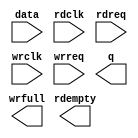
// megafunction wizard: %FIFO%VBB%
// GENERATION: STANDARD
// VERSION: WM1.0
// MODULE: dcfifo 

// ============================================================
// Megafunction Name(s):
// 			dcfifo
//
// Simulation Library Files(s):
// 			
// ============================================================
// ************************************************************
// THIS IS A WIZARD-GENERATED FILE. DO NOT EDIT THIS FILE!
//
// 10.0 Build 262 08/18/2010 SP 1 SJ Web Edition
// ************************************************************

//Copyright (C) 1991-2010 Altera Corporation
//Your use of Altera Corporation's design tools, logic functions 
//and other software and tools, and its AMPP partner logic 
//functions, and any output files from any of the foregoing 
//(including device programming or simulation files), and any 
//associated documentation or information are expressly subject 
//to the terms and conditions of the Altera Program License 
//Subscription Agreement, Altera MegaCore Function License 
//Agreement, or other applicable license agreement, including, 
//without limitation, that your use is for the sole purpose of 
//programming logic devices manufactured by Altera and sold by 
//Altera or its authorized distributors.  Please refer to the 
//applicable agreement for further details.

module Queue (
	data,
	rdclk,
	rdreq,
	wrclk,
	wrreq,
	q,
	rdempty,
	wrfull);

	input	[3:0]  data;
	input	  rdclk;
	input	  rdreq;
	input	  wrclk;
	input	  wrreq;
	output	[3:0]  q;
	output	  rdempty;
	output	  wrfull;

endmodule

// ============================================================
// CNX file retrieval info
// ============================================================
// Retrieval info: PRIVATE: AlmostEmpty NUMERIC "0"
// Retrieval info: PRIVATE: AlmostEmptyThr NUMERIC "-1"
// Retrieval info: PRIVATE: AlmostFull NUMERIC "0"
// Retrieval info: PRIVATE: AlmostFullThr NUMERIC "-1"
// Retrieval info: PRIVATE: CLOCKS_ARE_SYNCHRONIZED NUMERIC "0"
// Retrieval info: PRIVATE: Clock NUMERIC "4"
// Retrieval info: PRIVATE: Depth NUMERIC "8"
// Retrieval info: PRIVATE: Empty NUMERIC "1"
// Retrieval info: PRIVATE: Full NUMERIC "1"
// Retrieval info: PRIVATE: INTENDED_DEVICE_FAMILY STRING "MAX II"
// Retrieval info: PRIVATE: LE_BasedFIFO NUMERIC "1"
// Retrieval info: PRIVATE: LegacyRREQ NUMERIC "1"
// Retrieval info: PRIVATE: MAX_DEPTH_BY_9 NUMERIC "0"
// Retrieval info: PRIVATE: OVERFLOW_CHECKING NUMERIC "0"
// Retrieval info: PRIVATE: Optimize NUMERIC "2"
// Retrieval info: PRIVATE: RAM_BLOCK_TYPE NUMERIC "0"
// Retrieval info: PRIVATE: SYNTH_WRAPPER_GEN_POSTFIX STRING "0"
// Retrieval info: PRIVATE: UNDERFLOW_CHECKING NUMERIC "0"
// Retrieval info: PRIVATE: UsedW NUMERIC "0"
// Retrieval info: PRIVATE: Width NUMERIC "4"
// Retrieval info: PRIVATE: dc_aclr NUMERIC "0"
// Retrieval info: PRIVATE: diff_widths NUMERIC "0"
// Retrieval info: PRIVATE: msb_usedw NUMERIC "0"
// Retrieval info: PRIVATE: output_width NUMERIC "4"
// Retrieval info: PRIVATE: rsEmpty NUMERIC "1"
// Retrieval info: PRIVATE: rsFull NUMERIC "0"
// Retrieval info: PRIVATE: rsUsedW NUMERIC "0"
// Retrieval info: PRIVATE: sc_aclr NUMERIC "0"
// Retrieval info: PRIVATE: sc_sclr NUMERIC "0"
// Retrieval info: PRIVATE: wsEmpty NUMERIC "0"
// Retrieval info: PRIVATE: wsFull NUMERIC "1"
// Retrieval info: PRIVATE: wsUsedW NUMERIC "0"
// Retrieval info: LIBRARY: altera_mf altera_mf.altera_mf_components.all
// Retrieval info: CONSTANT: CLOCKS_ARE_SYNCHRONIZED STRING "FALSE"
// Retrieval info: CONSTANT: INTENDED_DEVICE_FAMILY STRING "MAX II"
// Retrieval info: CONSTANT: LPM_NUMWORDS NUMERIC "8"
// Retrieval info: CONSTANT: LPM_SHOWAHEAD STRING "OFF"
// Retrieval info: CONSTANT: LPM_TYPE STRING "dcfifo"
// Retrieval info: CONSTANT: LPM_WIDTH NUMERIC "4"
// Retrieval info: CONSTANT: LPM_WIDTHU NUMERIC "3"
// Retrieval info: CONSTANT: OVERFLOW_CHECKING STRING "ON"
// Retrieval info: CONSTANT: UNDERFLOW_CHECKING STRING "ON"
// Retrieval info: CONSTANT: USE_EAB STRING "OFF"
// Retrieval info: USED_PORT: data 0 0 4 0 INPUT NODEFVAL "data[3..0]"
// Retrieval info: USED_PORT: q 0 0 4 0 OUTPUT NODEFVAL "q[3..0]"
// Retrieval info: USED_PORT: rdclk 0 0 0 0 INPUT NODEFVAL "rdclk"
// Retrieval info: USED_PORT: rdempty 0 0 0 0 OUTPUT NODEFVAL "rdempty"
// Retrieval info: USED_PORT: rdreq 0 0 0 0 INPUT NODEFVAL "rdreq"
// Retrieval info: USED_PORT: wrclk 0 0 0 0 INPUT NODEFVAL "wrclk"
// Retrieval info: USED_PORT: wrfull 0 0 0 0 OUTPUT NODEFVAL "wrfull"
// Retrieval info: USED_PORT: wrreq 0 0 0 0 INPUT NODEFVAL "wrreq"
// Retrieval info: CONNECT: @data 0 0 4 0 data 0 0 4 0
// Retrieval info: CONNECT: @rdclk 0 0 0 0 rdclk 0 0 0 0
// Retrieval info: CONNECT: @rdreq 0 0 0 0 rdreq 0 0 0 0
// Retrieval info: CONNECT: @wrclk 0 0 0 0 wrclk 0 0 0 0
// Retrieval info: CONNECT: @wrreq 0 0 0 0 wrreq 0 0 0 0
// Retrieval info: CONNECT: q 0 0 4 0 @q 0 0 4 0
// Retrieval info: CONNECT: rdempty 0 0 0 0 @rdempty 0 0 0 0
// Retrieval info: CONNECT: wrfull 0 0 0 0 @wrfull 0 0 0 0
// Retrieval info: GEN_FILE: TYPE_NORMAL Queue.v TRUE
// Retrieval info: GEN_FILE: TYPE_NORMAL Queue.inc FALSE
// Retrieval info: GEN_FILE: TYPE_NORMAL Queue.cmp FALSE
// Retrieval info: GEN_FILE: TYPE_NORMAL Queue.bsf TRUE
// Retrieval info: GEN_FILE: TYPE_NORMAL Queue_inst.v TRUE
// Retrieval info: GEN_FILE: TYPE_NORMAL Queue_bb.v TRUE